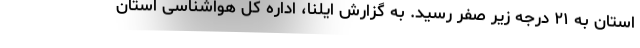
استان به ۲۱ درجه زیر صفر رسید. به گزارش ایلنا، اداره کل هواشناسی استان